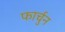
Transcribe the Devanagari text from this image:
फार्चुन